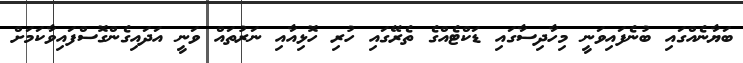
ބަޔާނެއްގައި ބުނެފައިވަނީ މިހާދިސާގައި ޑަކްޓެއްގެ ތެރޭގައި ހުރި ހޮޅިއާއި ނަރުތައް ވަނީ އަދައިގެންގޮސްފައިވާކަމަށް